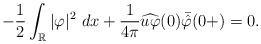
LaTeX: \begin{align*}-\frac{1}{2}\int_{\mathbb{R}}|\varphi|^2~dx + \frac{1}{4\pi}\widehat{u\varphi}(0)\bar{\hat\varphi}(0+)=0.\end{align*}